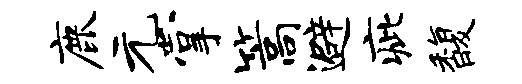
鹿元掌篙避疵馥